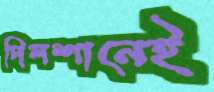
দিলশানেই